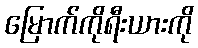
မြောက်ကိုရီးယားကို